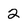
Character: 2